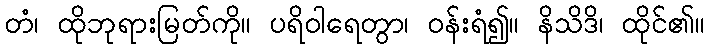
တံ၊ ထိုဘုရားမြတ်ကို။ ပရိဝါရေတွာ၊ ဝန်းရံ၍။ နိသိဒိ၊ ထိုင်၏။